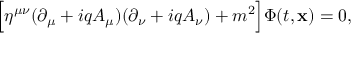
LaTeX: \Bigl [ \eta ^ { \mu \nu } ( \partial _ { \mu } + i q A _ { \mu } ) ( \partial _ { \nu } + i q A _ { \nu } ) + m ^ { 2 } \Bigr ] \Phi ( t , { \bf x } ) = 0 ,